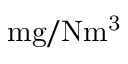
\mathrm { m g / N m ^ { 3 } }